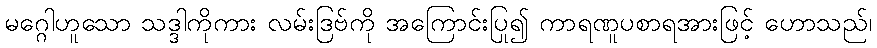
မဂ္ဂေါဟူသော သဒ္ဒါကိုကား လမ်းဒြဗ်ကို အကြောင်းပြု၍ ကာရဏူပစာရအားဖြင့် ဟောသည်၊